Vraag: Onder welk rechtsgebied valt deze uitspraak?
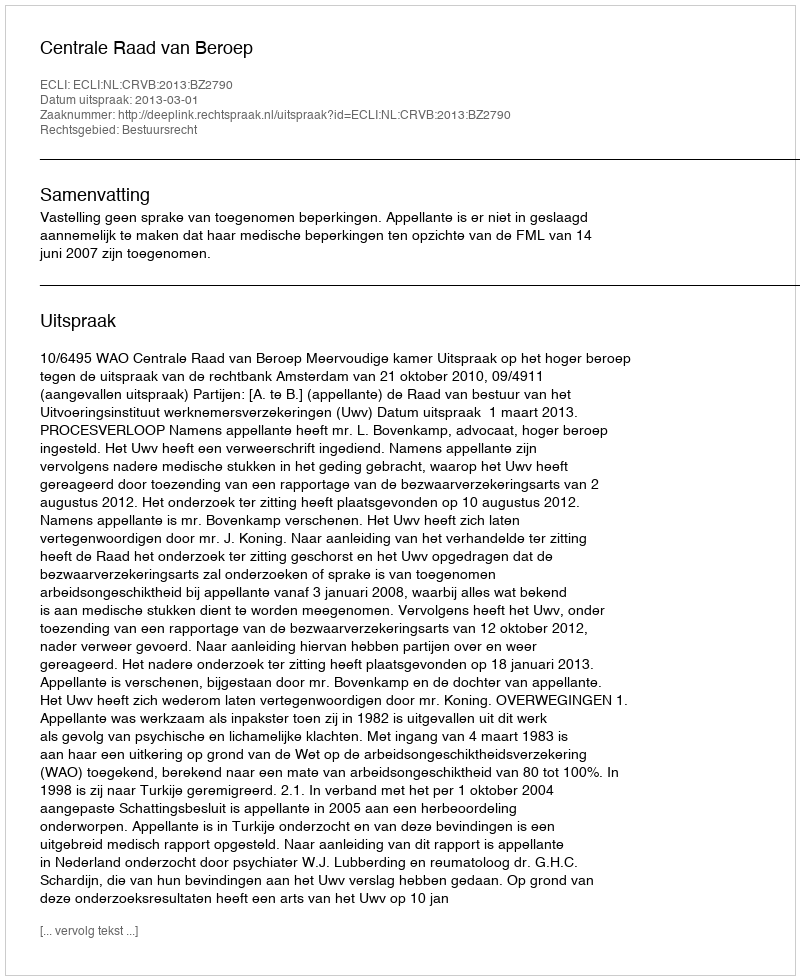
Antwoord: Bestuursrecht